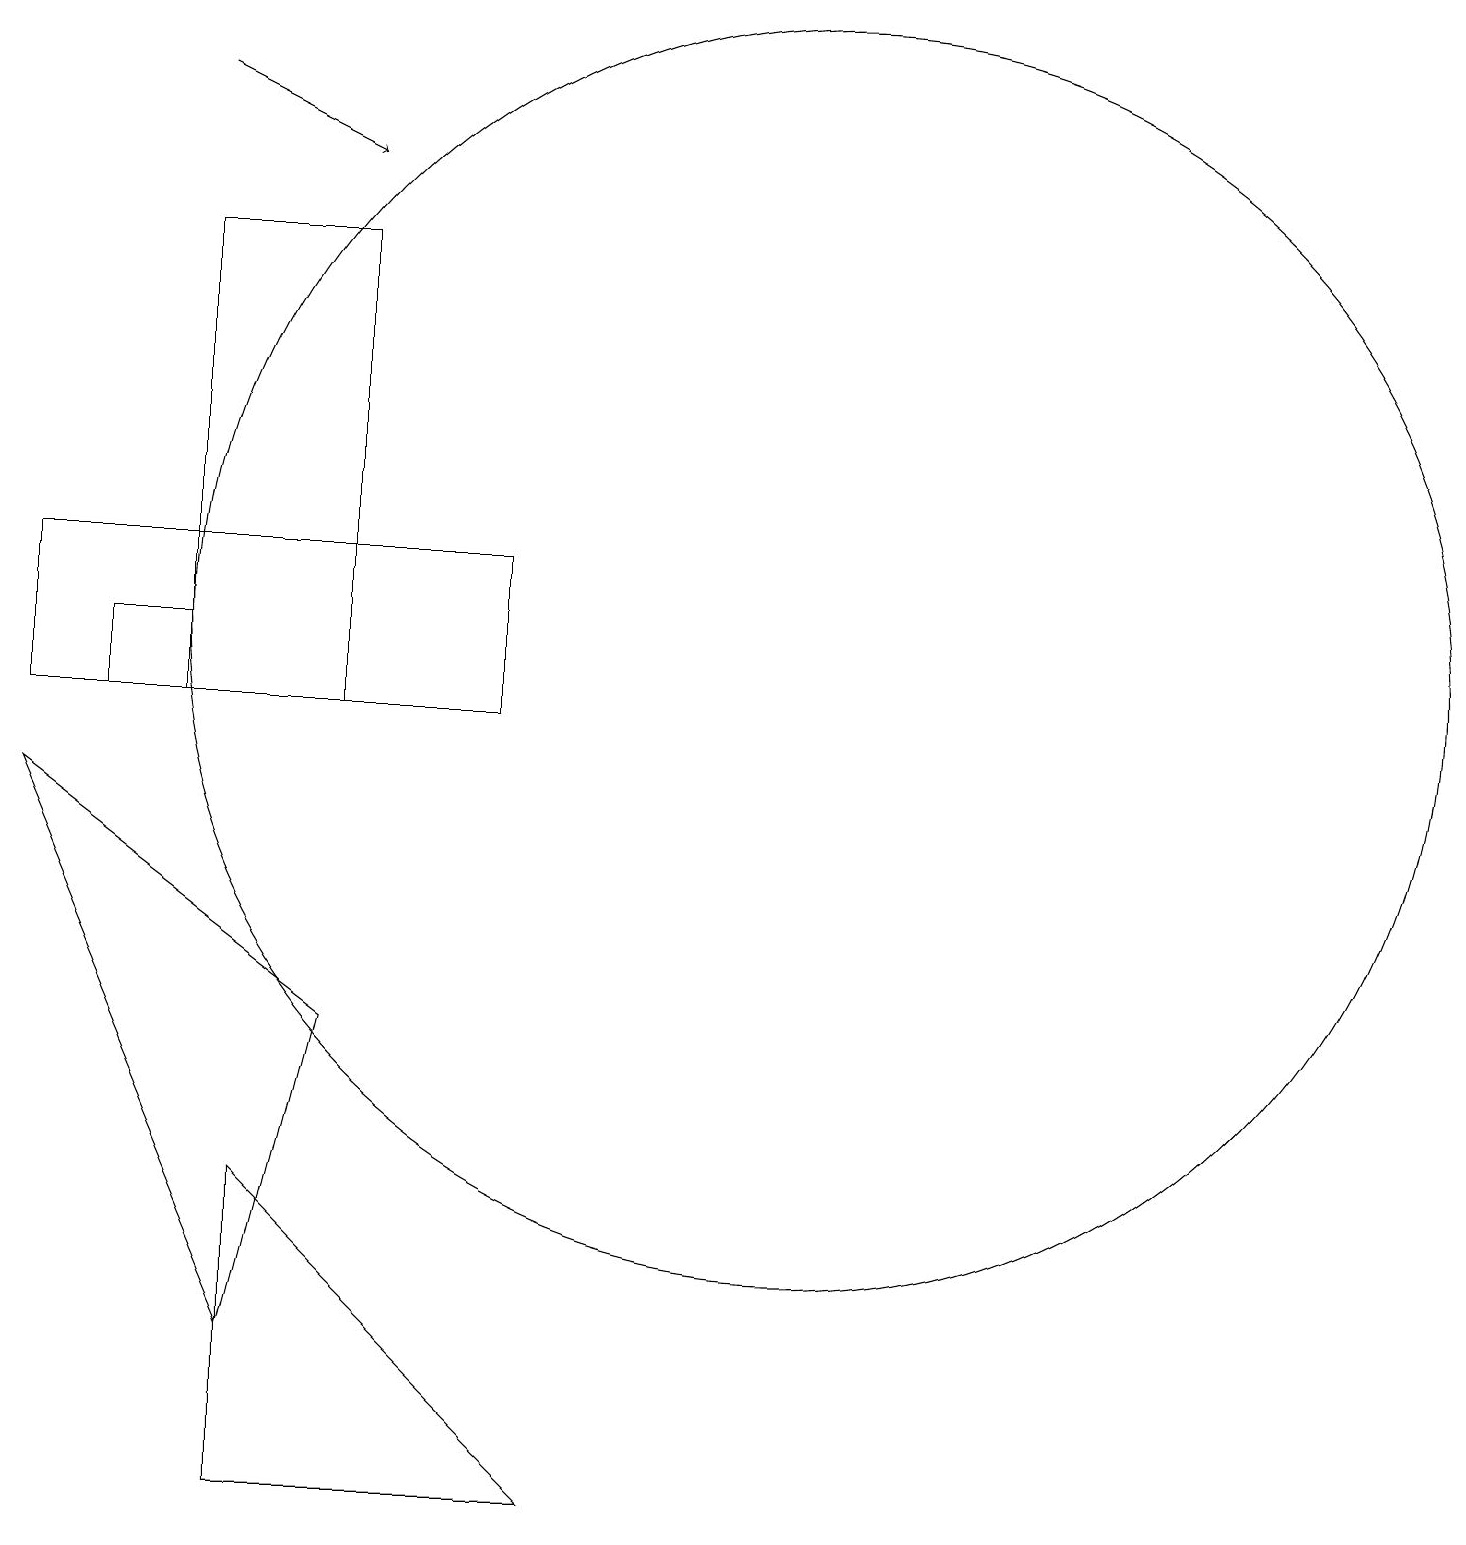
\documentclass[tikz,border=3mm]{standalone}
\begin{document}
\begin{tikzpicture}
\draw (4,0) -- (4,4) -- (8,0) -- cycle;
\draw (7,10) rectangle (1,12);
\draw (4,2) -- (1,9) -- (5,6) -- cycle;
\draw (5,16) rectangle (3,10);
\draw[->] (3,18) -- (5,17);
\draw (3,11) rectangle (2,10);
\draw (11,11) circle (8);
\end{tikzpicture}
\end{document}